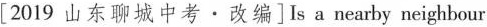
[2019 山东聊城中考·改编] Is a nearby neighbour